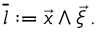
\overline { { { l } } } : = \vec { x } \wedge \vec { \xi } \, .